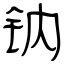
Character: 钠